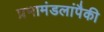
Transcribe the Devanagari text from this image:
प्रभामंडलांपैकी